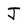
Character: J